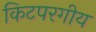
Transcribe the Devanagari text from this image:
किटपरगीय